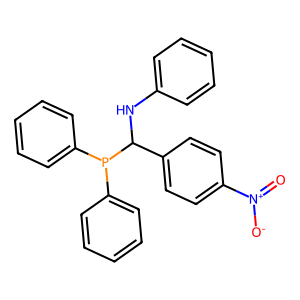
SMILES: O=[N+]([O-])c1ccc(C(Nc2ccccc2)P(c2ccccc2)c2ccccc2)cc1
Inhibits HIV replication: No